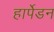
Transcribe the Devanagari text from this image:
हार्पेडन